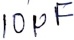
Text: 10µF